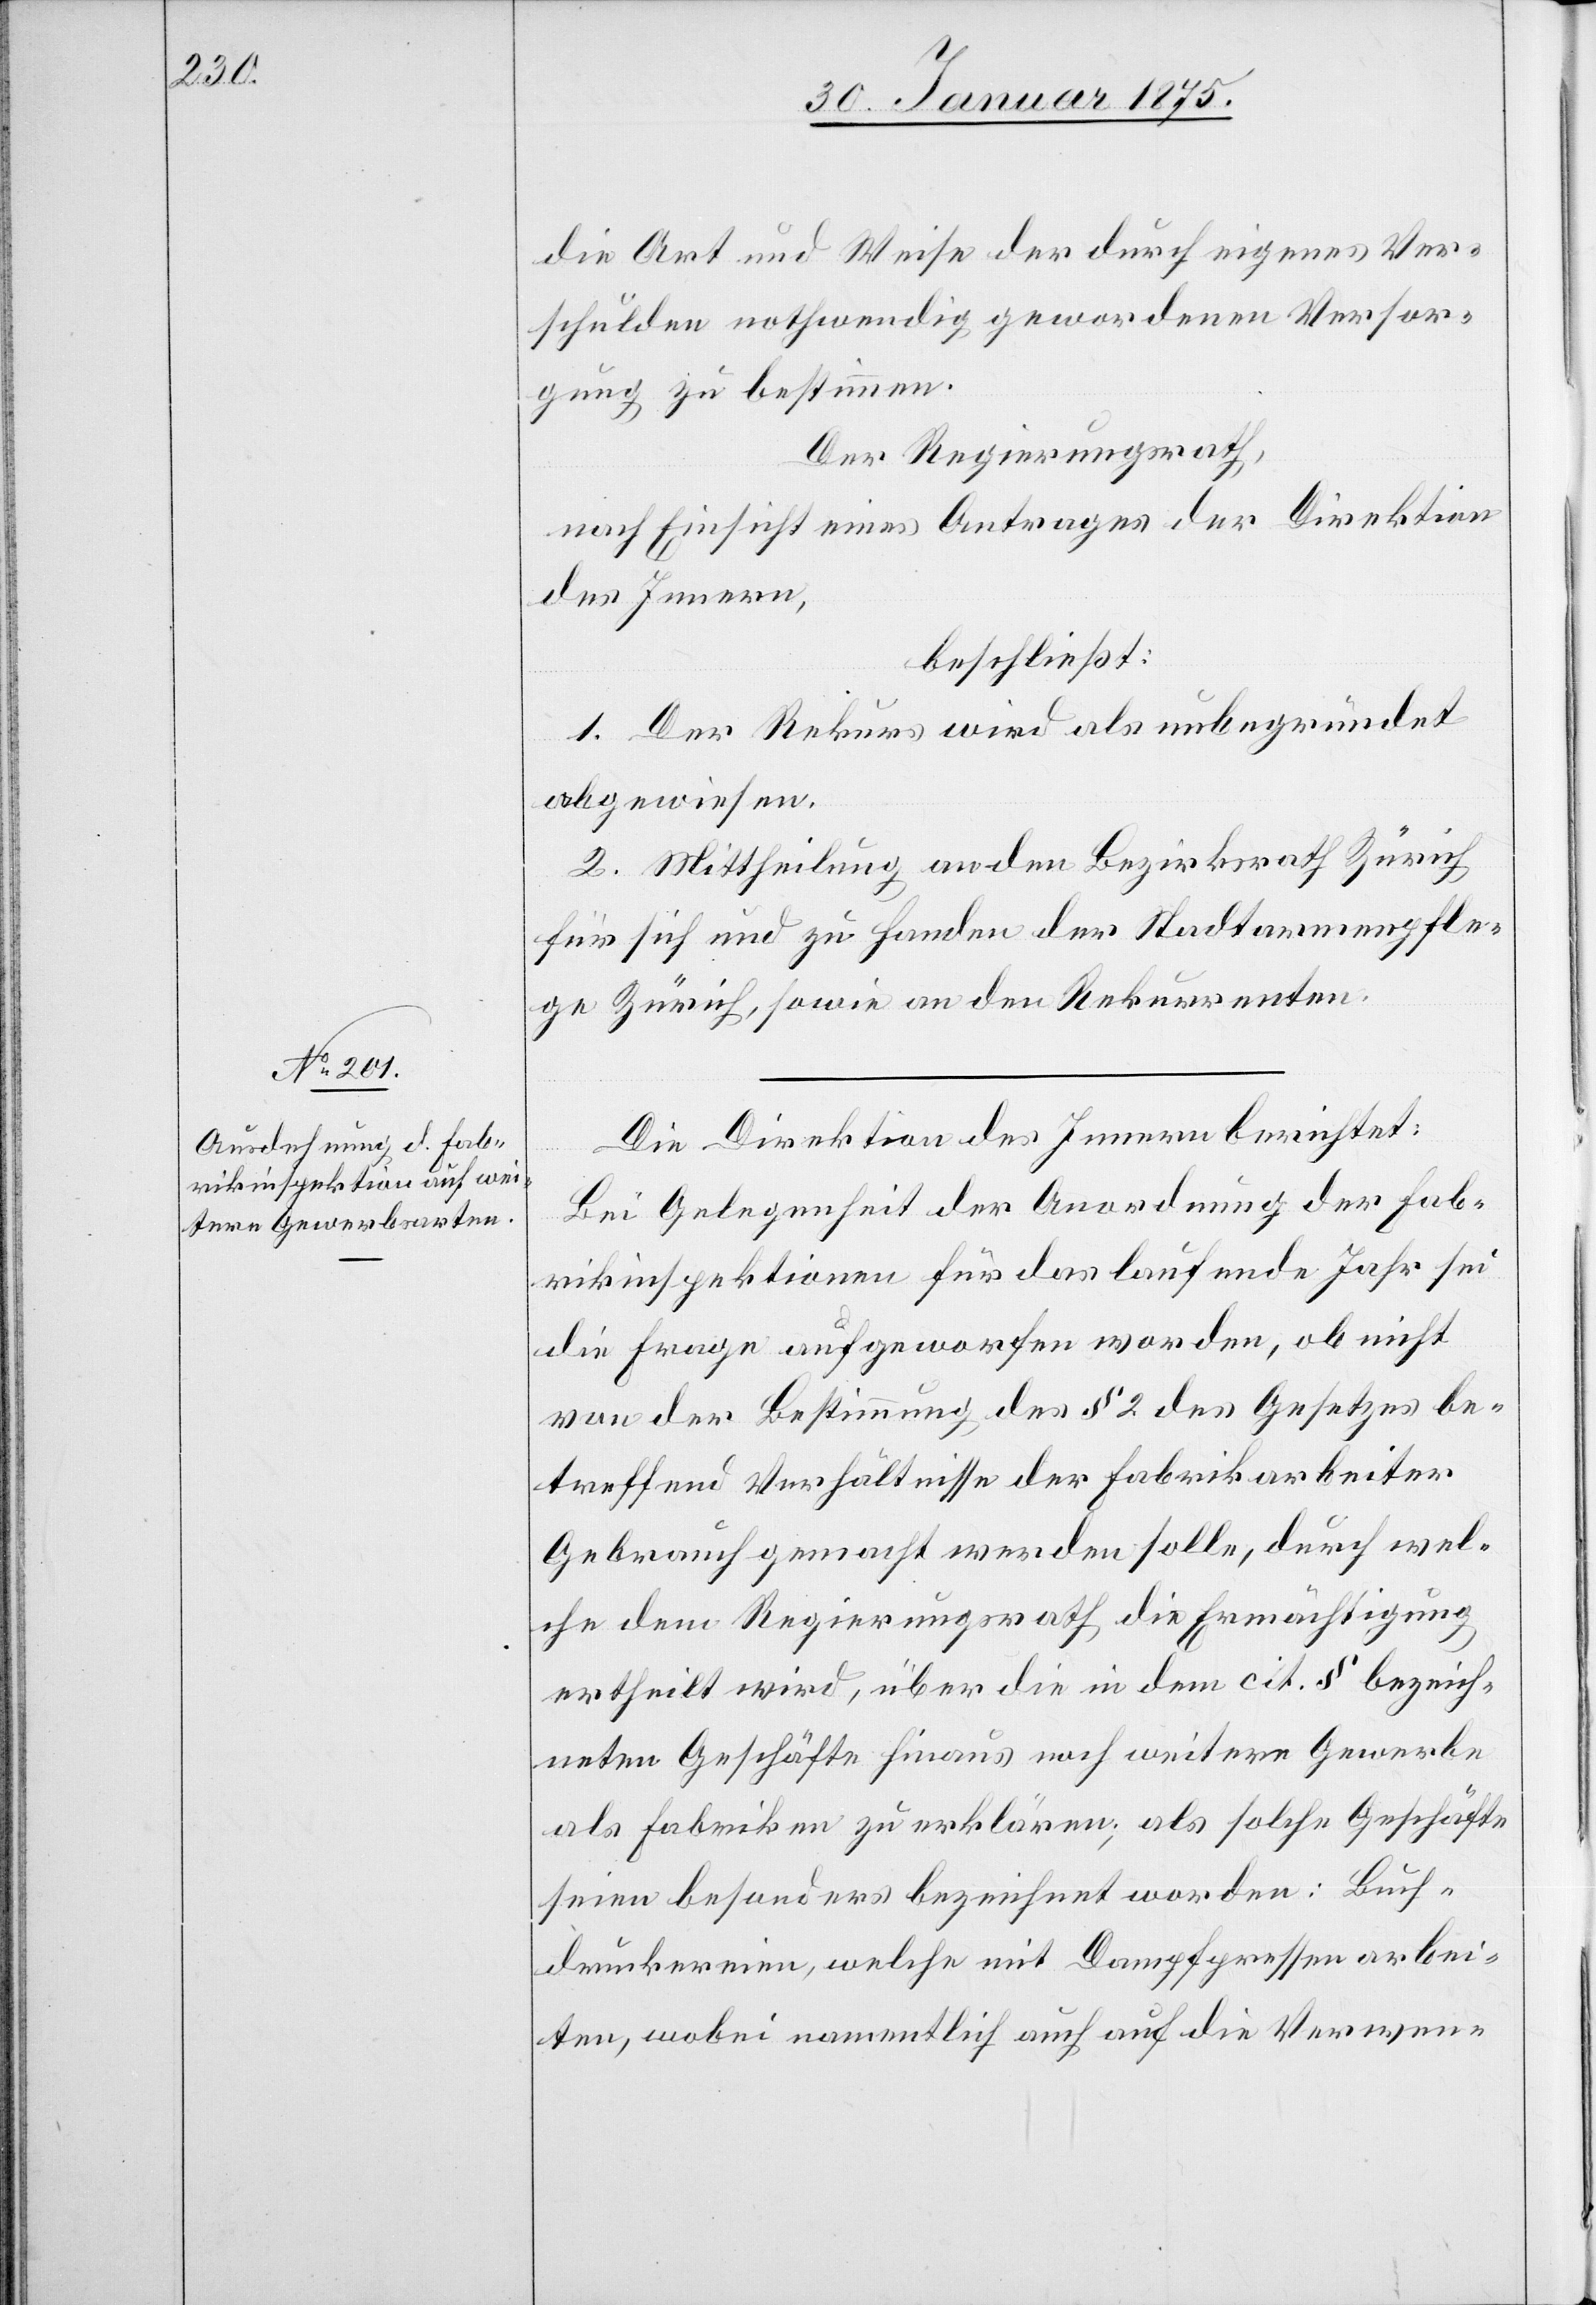
die Art und Weise der durch eigenes Ver¬
schulden nothwendig gewordenen Versor¬
gung zu bestimmen.
Der Regierungsrath,
nach Einsicht eines Antrages der Direktion
des Innern,
beschließt:
1. Der Rekurs wird als unbegründet
abgewiesen.
2. Mittheilung an den Bezirksrath Zürich
für sich und zu Handen der Stadtarmenpfle¬
ge Zürich, sowie an den Rekurrenten.
Die Direktion des Innern berichtet:
Bei Gelegenheit der Anordnung der Fab¬
rikinspektionen für das laufende Jahr sei
die Frage aufgeworfen worden, ob nicht
von der Bestimmung des § 2 des Gesetzes be¬
treffend Verhältnisse der Fabrikarbeiter
Gebrauch gemacht werden solle, durch wel¬
che dem Regierungsrath die Ermächtigung
ertheilt wird, über die in dem cit. § bezeich¬
neten Geschäfte hinaus noch weitere Gewerbe
als Fabriken zu erklären; als solche Geschäfte
seien besonders bezeichnet worden: Buch¬
druckereien, welche mit Dampfpressen arbei¬
ten, wobei namentlich auch auf die Verwen-